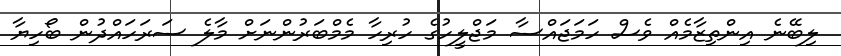
ލިބޭނެ އިންތިޒާމެއް ވެސް ހަމަޖައްސާ މަޖްލީހުގެ ހުރިހާ މެމްބަރުންނަށް މާލެ ސަރަހައްދުން ބޯހިޔާ